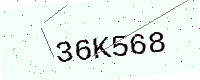
Text: 36K568